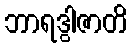
ဘာရဒွါဇာတိ